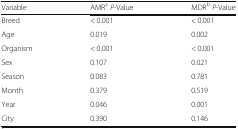
<table><thead><tr><td><b>Variable</b></td><td><b>AMR<sup>a</sup><i>P</i>-Value</b></td><td><b>MDR<sup>b</sup><i>P</i>-Value</b></td></tr></thead><tbody><tr><td>Breed</td><td>&lt; 0.001</td><td>&lt; 0.001</td></tr><tr><td>Age</td><td>0.019</td><td>0.002</td></tr><tr><td>Organism</td><td>&lt; 0.001</td><td>&lt; 0.001</td></tr><tr><td>Sex</td><td>0.107</td><td>0.021</td></tr><tr><td>Season</td><td>0.083</td><td>0.781</td></tr><tr><td>Month</td><td>0.379</td><td>0.519</td></tr><tr><td>Year</td><td>0.046</td><td>0.001</td></tr><tr><td>City</td><td>0.390</td><td>0.146</td></tr></tbody></table>